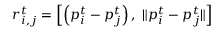
\boldsymbol { r } _ { i , j } ^ { t } = \left[ \left( \boldsymbol { p } _ { i } ^ { t } - \boldsymbol { p } _ { j } ^ { t } \right) , \ \lVert \boldsymbol { p } _ { i } ^ { t } - \boldsymbol { p } _ { j } ^ { t } \rVert \right]